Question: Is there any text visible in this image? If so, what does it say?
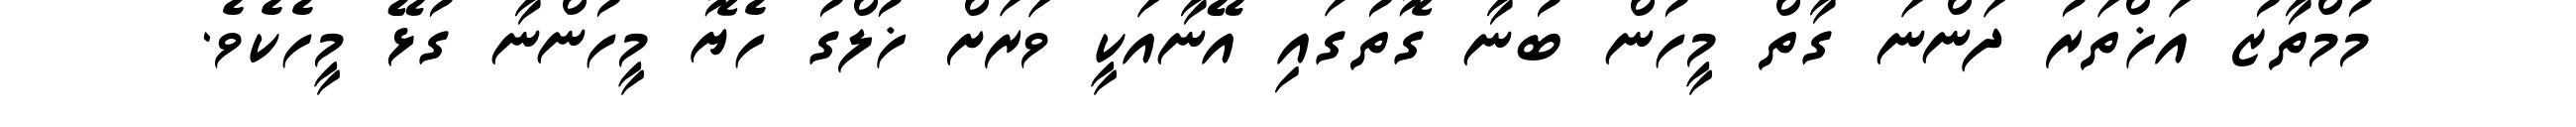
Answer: މުމްތާޒު އަޚްތަރު ދަންނަ ގާތް މީހުން ބުނާ ގޮތުގައި އޭނާއަކީ ވަރަށް ޚުލްގު ހެޔޮ މީހުންނާ ގުޅޭ މީހެކެވެ.